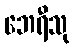
ဘေရီသု